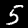
Digit: 5